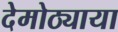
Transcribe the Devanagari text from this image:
देमोठ्याया